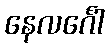
နေလင်္ဂေါ